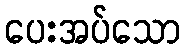
ပေးအပ်သော